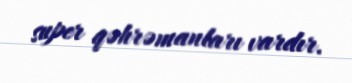
super qəhrəmanları vardır.